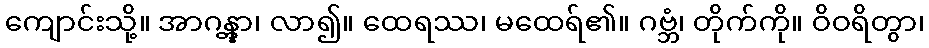
ကျောင်းသို့။ အာဂန္တွာ၊ လာ၍။ ထေရဿ၊ မထေရ်၏။ ဂဗ္ဘံ၊ တိုက်ကို။ ဝိဝရိတွာ၊